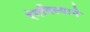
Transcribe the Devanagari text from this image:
रंगविल्याने